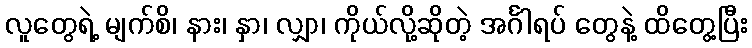
လူတွေရဲ့ မျက်စိ၊ နား၊ နှာ၊ လျှာ၊ ကိုယ်လို့ဆိုတဲ့ အင်္ဂါရပ် တွေနဲ့ ထိတွေ့ပြီး